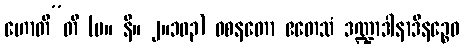
ဟောတီ”တိ (မ။ နိ။ ၂။၁၀၃) ဝစနတော ဧတေသံ ဒဏ္ဍာဒါနာဒီနဉ္စေဝ